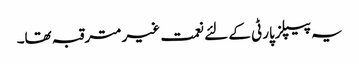
یہ پیپلزپارٹی کے لئے نعمت غیر مترقبہ تھا۔